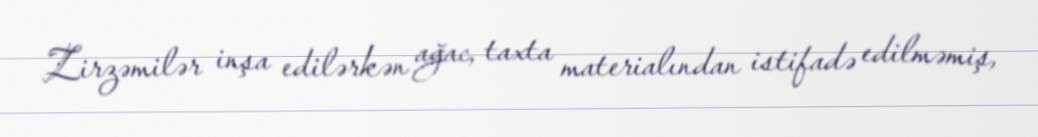
Zirzəmilər inşa edilərkən ağac, taxta materialından istifadə edilməmiş,